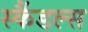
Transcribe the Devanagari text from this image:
स्‍कैंडल्‍स